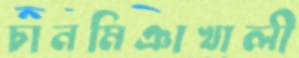
চানমিঞাখালী